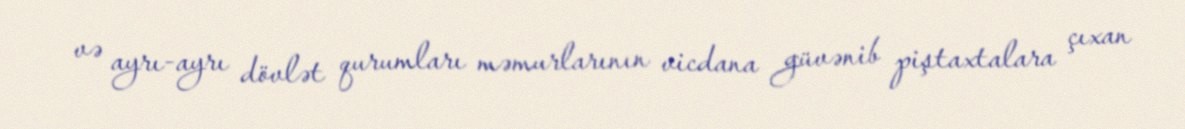
və ayrı-ayrı dövlət qurumları məmurlarının vicdana güvənib piştaxtalara çıxan